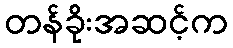
တန်ခိုးအဆင့်က